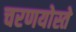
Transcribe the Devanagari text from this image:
चरणयोस्ते